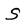
Character: S